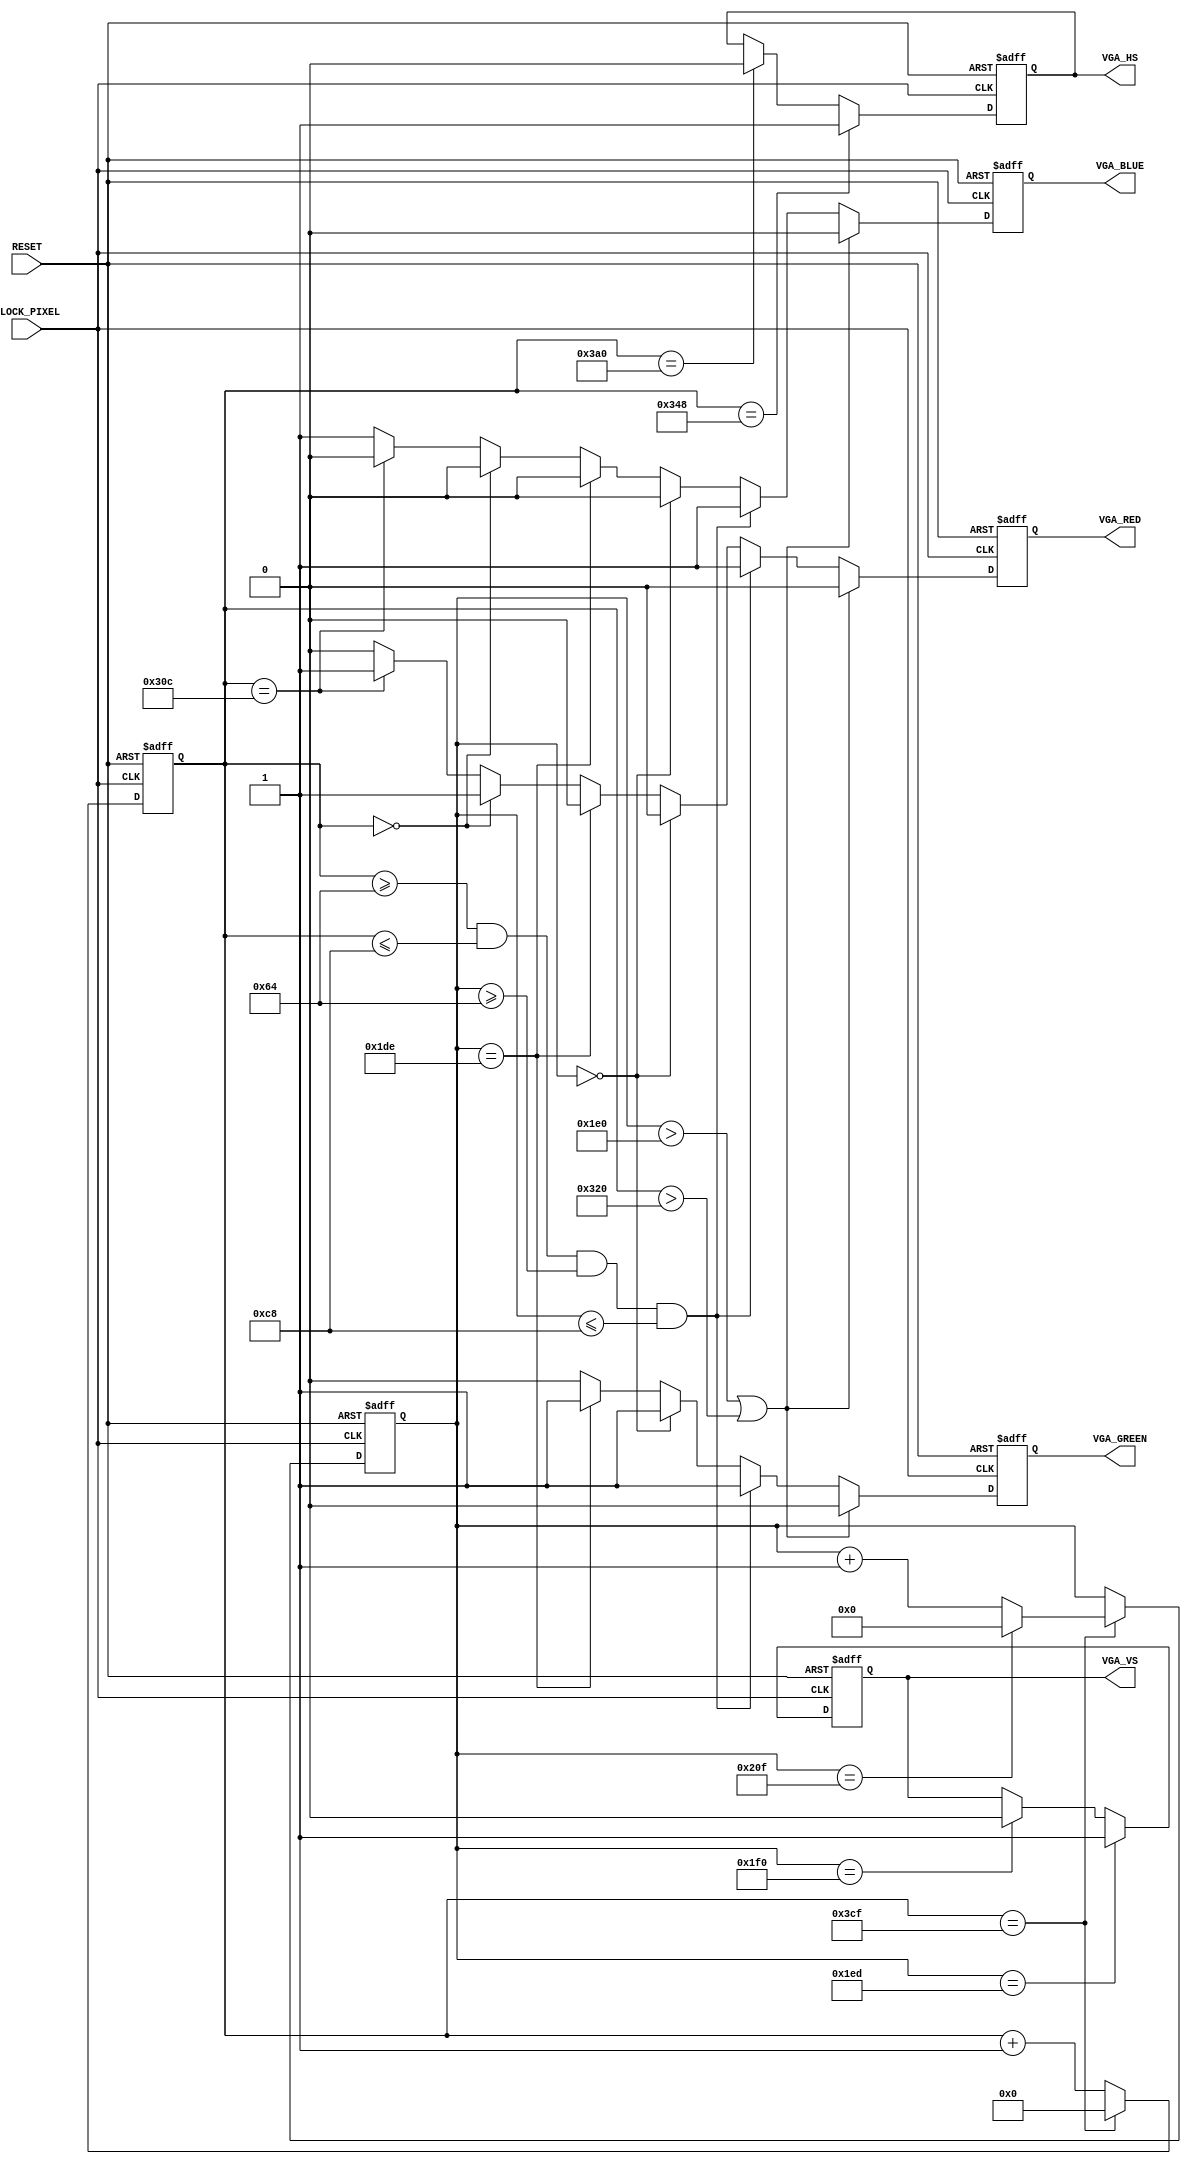
module vga_demo
    (
        CLOCK_PIXEL,
        RESET,
        VGA_RED,
        VGA_GREEN,
        VGA_BLUE,
        VGA_HS,
        VGA_VS
    );
    input CLOCK_PIXEL;
    input RESET;
    output VGA_RED;
    output VGA_GREEN;
    output VGA_BLUE;
    output VGA_HS;
    output VGA_VS;

    /* Internal registers for horizontal signal timing */
    reg [10:0] hor_reg; // to count up to 975
    reg hor_sync;
    wire hor_max = (hor_reg == 975); // to tell when a line is full

    /* Internal registers for vertical signal timing */
    reg [9:0] ver_reg; // to count up to 527
    reg ver_sync;
    reg red, green, blue;
    wire ver_max = (ver_reg == 527); // to tell when a line is full

    // Code

    /* Running through line */
    always @ (posedge CLOCK_PIXEL or posedge RESET) begin

        if (RESET) begin 
            hor_reg <= 0;
            ver_reg <= 0;
        end
        else if (hor_max) begin
            hor_reg <= 0;

            /* Running through frame */
            if (ver_max)
                ver_reg <= 0;
            else
            ver_reg <= ver_reg + 1;

        end else
            hor_reg <= hor_reg + 1;

    end
    
    always @ (posedge CLOCK_PIXEL or posedge RESET) begin
    
        if (RESET) begin 
            hor_sync <= 0;
            ver_sync <= 0;
            red <= 0;
            green <= 0;
            blue <= 0;
        end
        else begin

            /* Generating the horizontal sync signal */
            if (hor_reg == 840)      // video (800) + front porch (40)
                hor_sync <= 1;       // turn on horizontal sync pulse
            else if (hor_reg == 928) // video (800) + front porch (40) + Sync Pulse (88)
                hor_sync <= 0;       // turn off horizontal sync pulse

            /* Generating the vertical sync signal */
            if (ver_reg == 493)      // LINES: video (480) +  front porch (13)
                ver_sync <= 1;       // turn on vertical sync pulse
            else if (ver_reg == 496) // LINES: video (480) + front porch (13) + Sync Pulse (3)
                ver_sync <= 0;       // turn off vertical sync pulse

                
            // black during the porches
            if (ver_reg > 480 || hor_reg > 800) begin
                red <= 0;
                green <= 0;
                blue <= 0;
            end
            else begin
                
                // Draw a single square.
                if (hor_reg >= 100 && hor_reg <= 200 && ver_reg >= 100 && ver_reg <= 200) begin
                    red <= 1;
                    green <= 1;
                    blue <= 1;
                end 
                
                // top border
                else if (ver_reg == 0 ) begin
                    red <= 0;
                    green <= 1;
                    blue <= 0;
                end
                
                // bottom border
                else if (ver_reg == 478 ) begin // Not quite 480 visable
                    red <= 0;
                    green <= 1;
                    blue <= 0;
                end
                
                // left border
                else if (hor_reg == 0 ) begin
                    red <= 1;
                    green <= 0;
                    blue <= 0;
                end
                
                // right border
                else if (hor_reg == 780 ) begin // Not quite 800 visable
                    red <= 1;
                    green <= 0;
                    blue <= 0;
                end
                
                else begin
                    red <= 0;
                    green <= 0;
                    blue <= 1;
                end
            end
        end
    end

    // Send the sync signals to the outputh.
    // this doc says pulse is positive http://tinyvga.com/vga-timing/800x600@72Hz
    assign VGA_HS = hor_sync;
    assign VGA_VS = ver_sync;
 
    assign VGA_RED =  red;
    assign VGA_GREEN = green;
    assign VGA_BLUE = blue;
    

    
endmodule